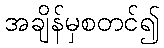
အချိန်မှစတင်၍